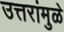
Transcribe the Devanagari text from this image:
उत्तरांमुळे